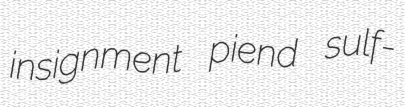
insignment piend sulf-